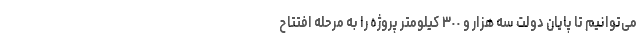
می‌توانیم تا پایان دولت سه هزار و ٣٠٠ کیلومتر پروژه را به مرحله افتتاح